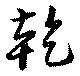
乾